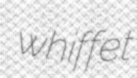
whiffet